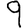
Digit: 9